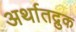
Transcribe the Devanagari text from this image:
अर्थातद्रुक